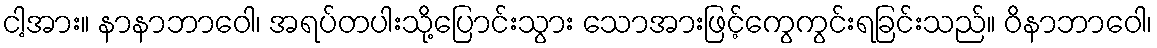
ငါ့အား။ နာနာဘာဝေါ၊ အရပ်တပါးသို့ပြောင်းသွား သောအားဖြင့်ကွေကွင်းရခြင်းသည်။ ဝိနာဘာဝေါ၊